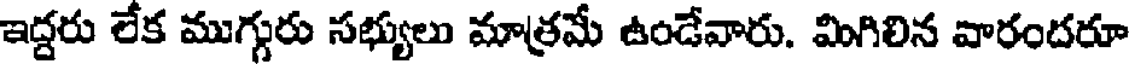
ఇద్దరు లేక ముగ్గురు సభ్యులు మాత్రమే ఉండేవారు. మిగిలిన వారందరూ